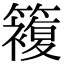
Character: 𥵩